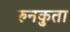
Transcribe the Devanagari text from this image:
रुनकुता